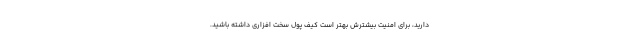
دارید، برای امنیت بیشترش بهتر است کیف پول سخت افزاری داشته باشید.